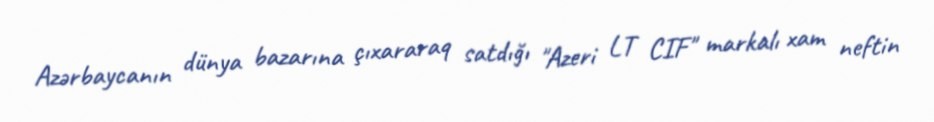
Azərbaycanın dünya bazarına çıxararaq satdığı "Azeri LT CIF" markalı xam neftin